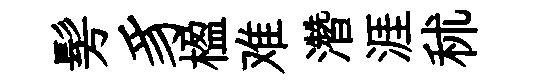
髣豸楹难濳涯秫